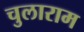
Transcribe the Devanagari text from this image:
चुलाराम